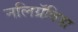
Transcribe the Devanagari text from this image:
नलिग्रॅविडा